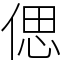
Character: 偲